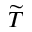
\widetilde { T }